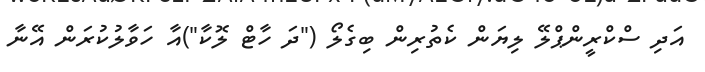
އަދި ސްކްރީންޕްލޭ ލިޔަން ކެތުރިން ބިގެލޯ ("ދަ ހާޓް ލޮކާ")އާ ހަވާލުކުރަން އޭނާ